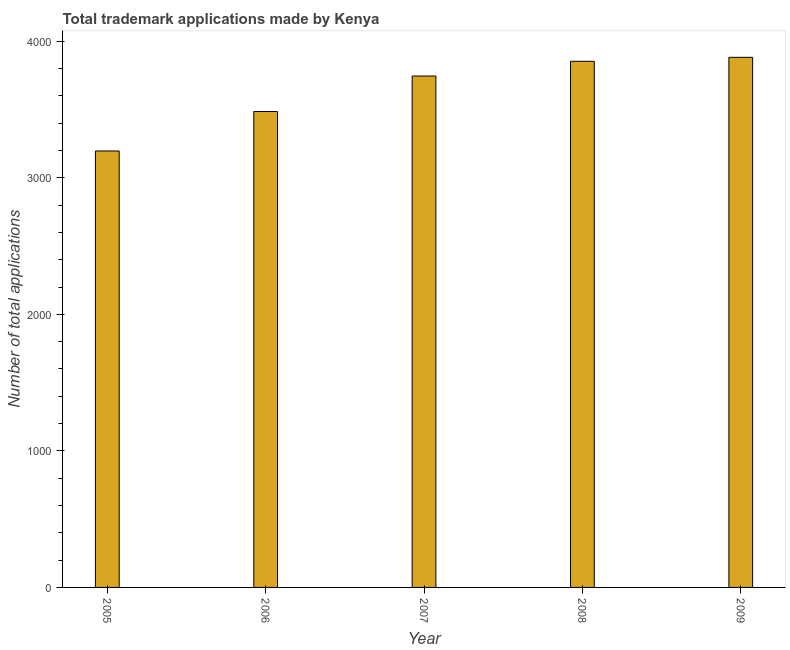
| Year | Trademark applications |
 | --- | --- |
 | 2005 | 3.2e+03 |
 | 2006 | 3.49e+03 |
 | 2007 | 3.75e+03 |
 | 2008 | 3.85e+03 |
 | 2009 | 3.88e+03 |